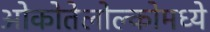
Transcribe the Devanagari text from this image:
ओकोतेलोल्कोमध्ये